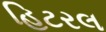
હિટરલ